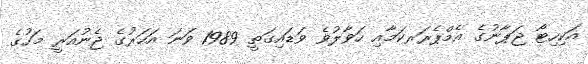
އަކިހިޓޯ ޖަޕާނުގެ އެމްޕެރަރކަމާއި ހަވާލުވެ ވަޑައިގަތީ 1989 ވަނަ އަހަރުގެ ޖެނުއަރީ މަހުގެ